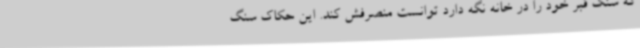
که سنگ قبر خود را در خانه نگه دارد توانست منصرفش کند. این حکاک سنگ